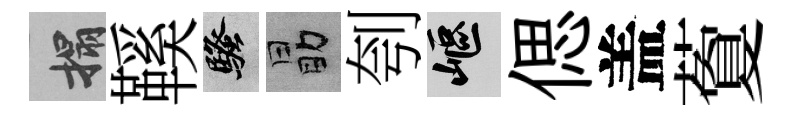
搨鞵騷勗刳嶇偲盖藑